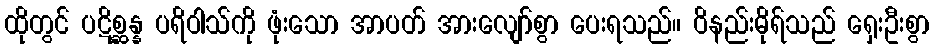
ထိုတွင် ပဋိစ္ဆန္န ပရိဝါသ်ကို ဖုံးသော အာပတ် အားလျော်စွာ ပေးရသည်။ ဝိနည်းဓိုရ်သည် ရှေးဦးစွာ